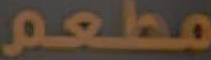
مطعم